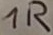
Text: 1R